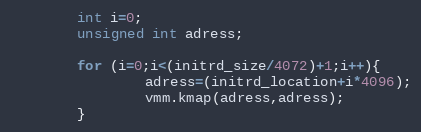
Language: C++
		int i=0;
		unsigned int adress;

		for (i=0;i<(initrd_size/4072)+1;i++){
				adress=(initrd_location+i*4096);
				vmm.kmap(adress,adress);
		}